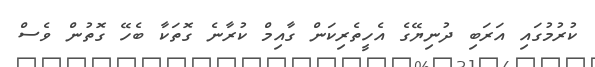
ކުރުމުގައި އަރަބި ދުނިޔޭގެ އެހީތެރިކަން ގާއިމް ކުރާނެ ގޮތަކާ ބެހޭ ގޮތުން ވެސް